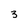
Character: 3